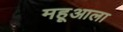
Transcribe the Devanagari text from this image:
महूआला